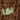
بما